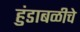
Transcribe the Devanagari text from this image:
हुंडाबळीचे